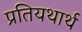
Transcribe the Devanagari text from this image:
प्रतियथार्थ